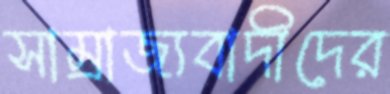
সাম্রাজ্যবাদীদের